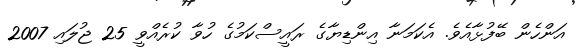
އަންހެން ބޭފުޅާއެވެ. އެކަމަނާ އިންޑިޔާގެ ރައީސްކަމުގެ ހުވާ ކުރެއްވީ 25 ޖުލައި 2007